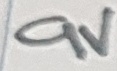
Text: 9V